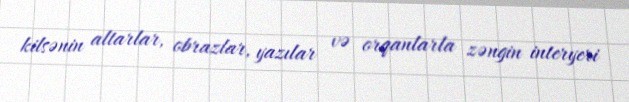
kilsənin altarlar, obrazlar, yazılar və orqanlarla zəngin interyeri